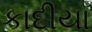
કાદીયા